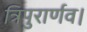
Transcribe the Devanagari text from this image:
त्रिपुरार्णव।